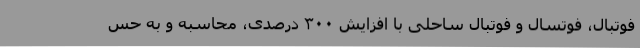
فوتبال، فوتسال و فوتبال ساحلی با افزایش ۳۰۰ درصدی، محاسبه و به حس